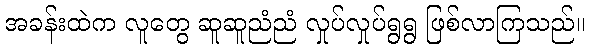
အခန်းထဲက လူတွေ ဆူဆူညံညံ လှုပ်လှုပ်ရွရွ ဖြစ်လာကြသည်။